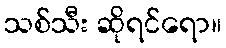
သစ်သီး ဆိုရင်ရော။